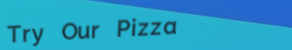
Try Our Pizza